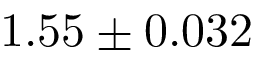
1 . 5 5 \pm 0 . 0 3 2